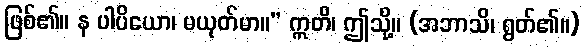
ဖြစ်၏။ န ပါပိယော၊ မယုတ်မာ။” ဣတိ၊ ဤသို့။ (အဘာသိ၊ ရွတ်၏။)